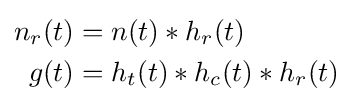
{\begin{aligned}n_{r}(t)&=n(t)*h_{r}(t)\\g(t)&=h_{t}(t)*h_{c}(t)*h_{r}(t)\end{aligned}}